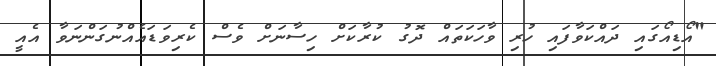
"އޯޑިއޯގައި ދައްކަވާފައި ހުރި ވާހަކަތައް ދޮގު ކުރާކަށް ހިސާނަށް ވެސް ކެރިވަޑައެއްނުގަންނަވާ އެއީ